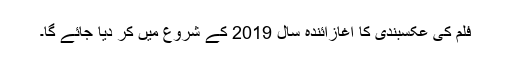
فلم کی عکسبندی کا آغازآئندہ سال 2019 کے شروع میں کر دیا جائے گا۔